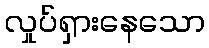
လှုပ်ရှားနေသော